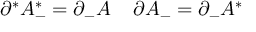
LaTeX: \partial ^ { * } { \cal A } _ { - } ^ { * } = \partial _ { - } { \cal A } \; \; \; \; \partial { \cal A } _ { - } = \partial _ { - } { \cal A } ^ { * }